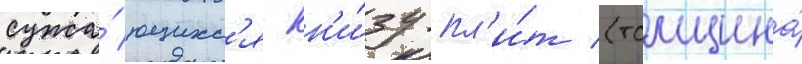
сужа́ющихс'я кн'и́зу пл'и́т (толщина́